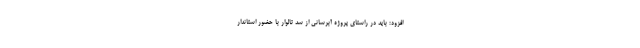
افزود: باید در راستای پروژه آبرسانی از سد تالوار با حضور استاندار